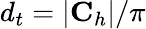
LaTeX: d_{t}=|\textbf{C}_{h}|/\pi